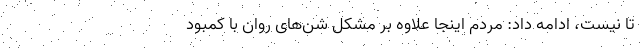
تا نیست، ادامه داد: مردم اینجا علاوه بر مشکل شن‌های روان با کمبود